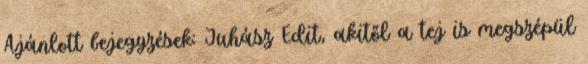
Ajánlott bejegyzések: Juhász Edit, akitől a tej is megszépül